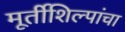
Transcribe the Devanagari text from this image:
मूर्तीशिल्पांचा